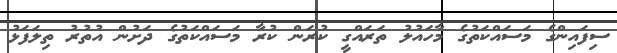
ސިފައިންގެ މަސައްކަތުގެ މާހައުލު ތަރައްގީ ކުރަން ކުރާ މަސައްކަތުގެ ދަށުން އުތުރު ތިލަފަޅު